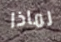
لماذا